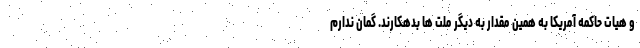
و هیات حاکمه آمریکا به همین مقدار به دیگر ملت ها بدهکارند. گمان ندارم